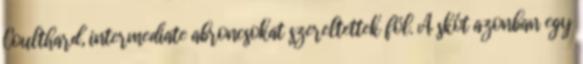
Coulthard, intermediate abroncsokat szereltettek föl. A skót azonban egy